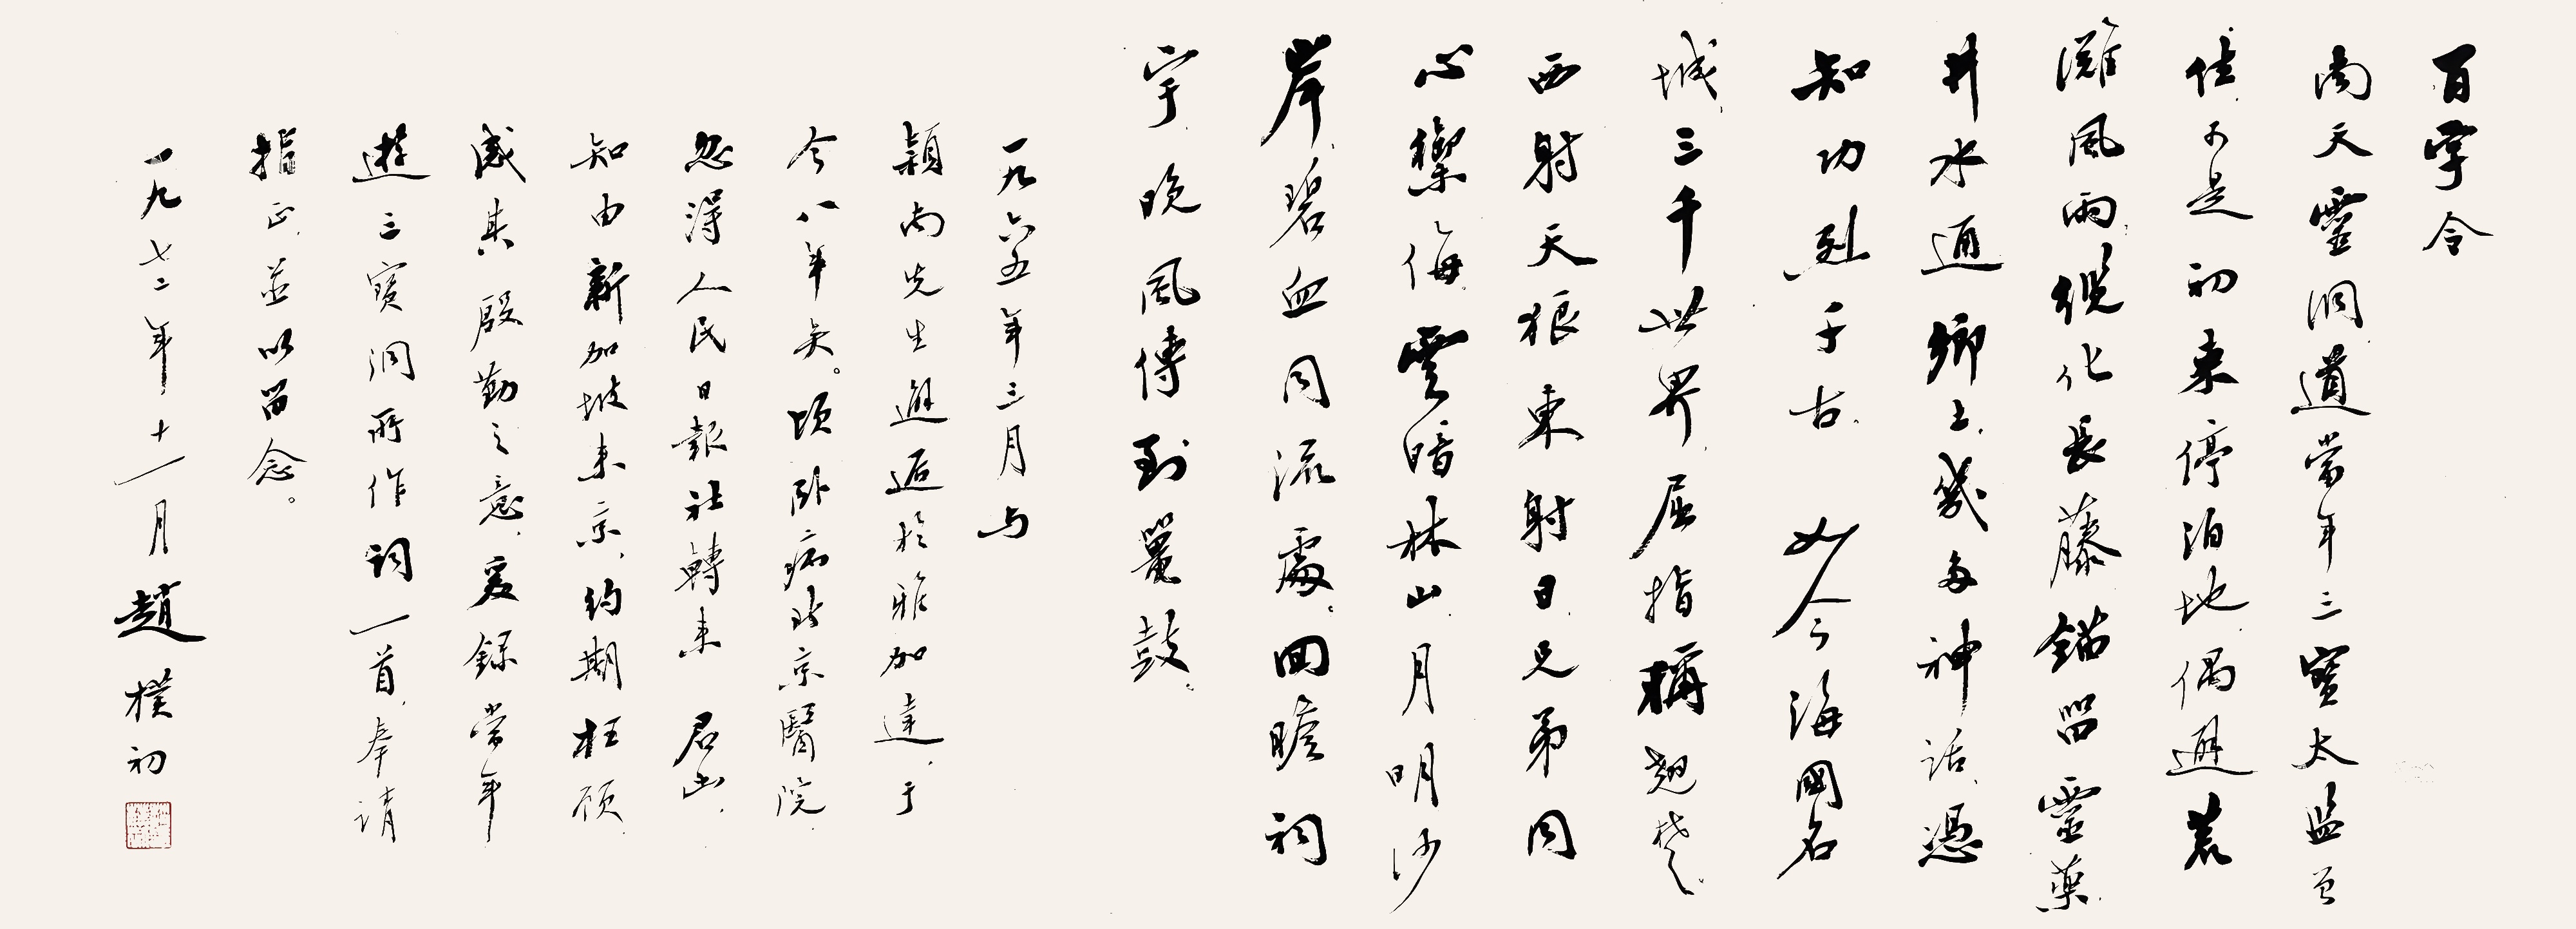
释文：百字令。南天灵洞，道当年，三宝太监曾住，可是初来停泊地，偶避荒滩风雨，缆化长藤茅，留灵药，井水通乡上，几多神话凭知，功列千古。如今海国名城，三千世界，屈指称翘楚，西射天狼东射日，兄弟同心御侮，云暗林山，月明沙暗，碧血同流处，回瞻祠宇，晚风传到鼍鼓。一九六五年三月与颖南先生邂逅雅加达，至今八年矣。顷卧病北京医院，忽得人民日报社转来知由君函知由新加坡来京，约期枉顾，感其殷勤之意，爰录游三宝洞所作词一首，奉请指正，并以留念。一九七二年十一月，赵朴初。